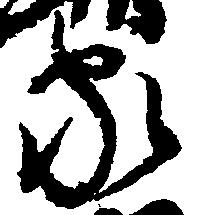
家